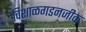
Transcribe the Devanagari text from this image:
विशाळगडनजीक